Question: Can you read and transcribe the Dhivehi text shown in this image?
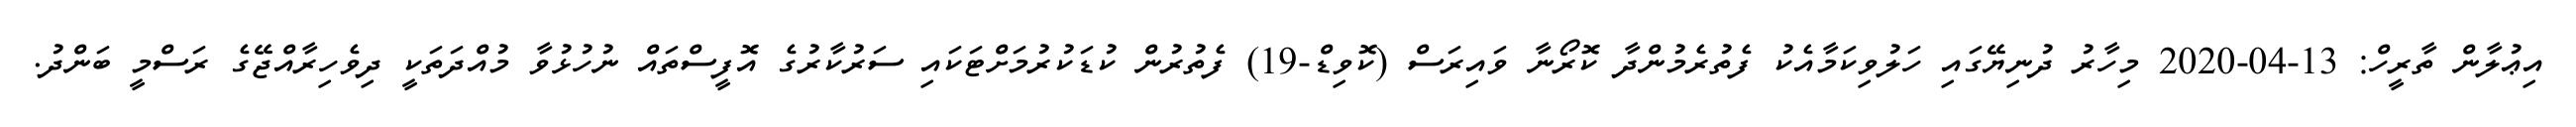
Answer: އިޢުލާން ތާރީހް: 13-04-2020 މިހާރު ދުނިޔޭގައި ހަލުވިކަމާއެކު ފެތުރެމުންދާ ކޮރޯނާ ވައިރަސް (ކޮވިޑް-19) ފެތުރުން ކުޑަކުރުމަށްޓަކައި ސަރުކާރުގެ އޮފީސްތައް ނުހުޅުވާ މުއްދަތަކީ ދިވެހިރާއްޖޭގެ ރަސްމީ ބަންދު.